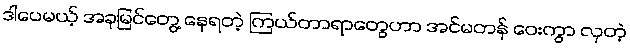
ဒါပေမယ့် အခုမြင်တွေ့ နေရတဲ့ ကြယ်တာရာတွေဟာ အင်မတန် ဝေးကွာ လှတဲ့